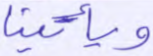
ويأتينا